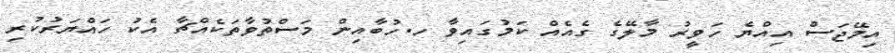
އިމޭޖަސް އިއްޔެ ހަވީރު މާލޭގެ ގެއެއް ކަމުގައިވާ ހ.ހުބާއިން މަސްތުވާތަކެއްޗާ އެކު ހައްޔަރުކުރި